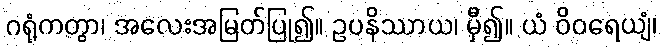
ဂရုံကတွာ၊ အလေးအမြတ်ပြု၍။ ဥပနိဿာယ၊ မှီ၍။ ယံ ဝိဝရေယျံ၊